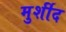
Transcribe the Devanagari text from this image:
मुर्शीद